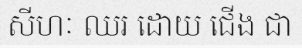
សីហៈ ឈរ ដោយ ជើង ជា